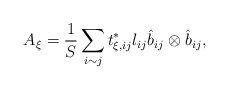
\begin{align*}A_\xi = \frac{1}{S} \sum_{i \sim j} t^*_{\xi, ij} l_{ij} \hat{b}_{ij} \otimes \hat{b}_{ij},\end{align*}